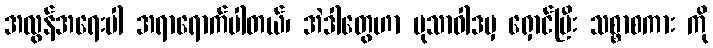
အလွန်အရေးပါ အရာရောက်ပါတယ်၊ အဲဒါတွေဟာ မုသာဝါဒမှ ရှောင်ပြီး သစ္စာစကား ကို